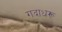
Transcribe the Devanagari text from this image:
गदाधरू